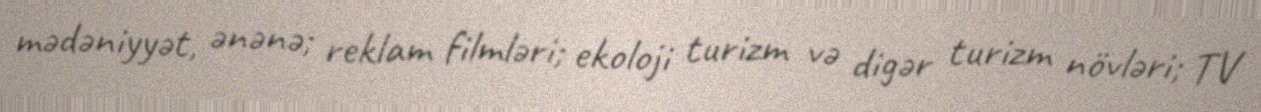
mədəniyyət, ənənə; reklam filmləri; ekoloji turizm və digər turizm növləri; TV